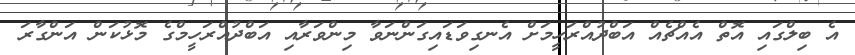
އެ ބިލްގައި އޮތް އެއްޗެއް އަބްދުއްރަހީމަށް އެނގިވަޑައިގަންނަވާ މިންވަރާއި އަބްދުއްރަހީމްގެ މޮޅުކަން އަންގާރަ